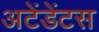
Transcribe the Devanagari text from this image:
अटेंडेंटस